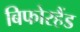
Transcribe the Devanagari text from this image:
बिफोरहैंड